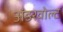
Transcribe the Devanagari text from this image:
अंडरवोल्ट